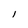
Character: I